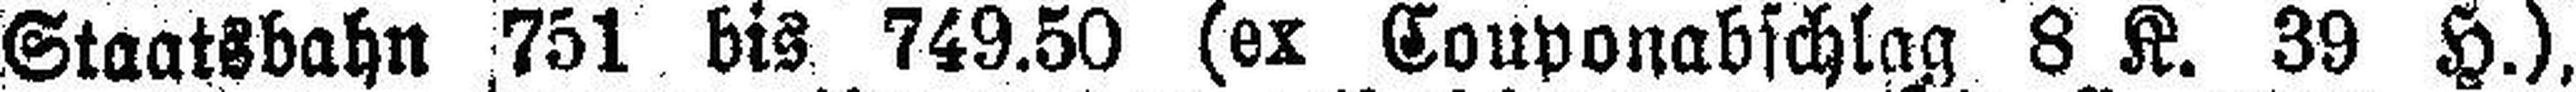
Staatsbahn 751 bis 749.50 (er Couponabschlag 8 K. 39 H.),